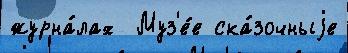
журна́лах  Муз'е́е ска́зочныjе